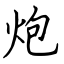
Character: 炮